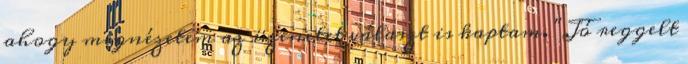
ahogy megnézetem az üzenetet választ is kaptam. "Jó reggelt